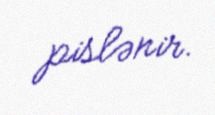
pislənir.